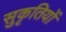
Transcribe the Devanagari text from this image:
सुकृतियों